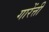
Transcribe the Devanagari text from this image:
गारेंत्ती